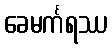
ခေမင်္ကရဿ